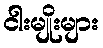
ငါးမျိုးများ